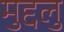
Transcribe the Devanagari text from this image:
मुद्दलु